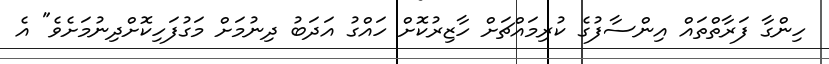
ހިންގާ ފަރާތްތައް އިންސާފުގެ ކުރިމައްޗަށް ހާޒިރުކޮށް ހައްގު އަދަބު ދިނުމަށް މަގުފަހިކޮށްދިނުމަށެވެ" އެ